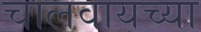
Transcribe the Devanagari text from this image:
चालवायच्या